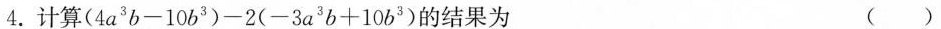
4.计算$$(4 a 3 b - 1 0 b 3 ) - 2 ( - 3 a 3 b + 1 0 b 3 )$$的结果为 ( )